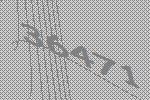
36471